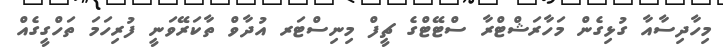
މިހާދިސާއާ ގުޅިގެން މަހާރަޝްޓްރާ ސްޓޭޓްގެ ޗީފް މިނިސްޓަރ އުދާވް ތާކަރޭވަނީ ފުރިހަމަ ތަހްގީގެއް